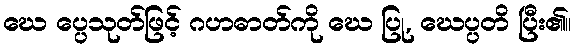
ဃေ ပ္ပေသုတ်ဖြင့် ဂဟဓာတ်ကို ဃေ ပြု, ဃေပ္ပတိ ပြီး၏။